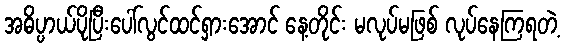
အဓိပ္ပာယ်ပိုပြီးပေါ်လွင်ထင်ရှားအောင် နေ့တိုင်း မလုပ်မဖြစ် လုပ်နေကြရတဲ့